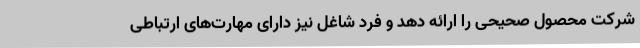
شرکت محصول صحیحی را ارائه دهد و فرد شاغل نیز دارای مهارت‌های ارتباطی